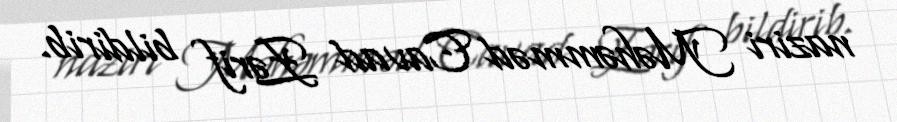
naziri Məhəmməd Cavad Zərif bildirib.